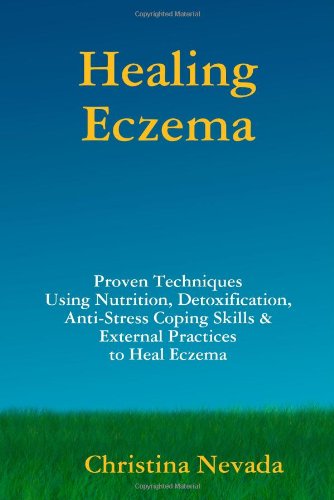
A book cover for Healing Eczema; Christina Nevada; Health, Fitness & Dieting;